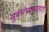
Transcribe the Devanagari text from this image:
सूत्रसंचालनासाठी